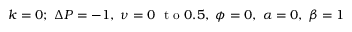
k = 0 ; ~ \Delta P = - 1 , ~ \nu = 0 ~ \mathrm { ~ t ~ o ~ } 0 . 5 , ~ \phi = 0 , ~ \alpha = 0 , ~ \beta = 1